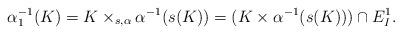
LaTeX: \begin{align*} \alpha_1^{-1}(K) = K \times_{s,\alpha} \alpha^{-1}(s(K)) = (K \times \alpha^{-1}(s(K))) \cap E^1_I.\end{align*}